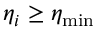
\eta _ { i } \geq \eta _ { \mathrm { m i n } }